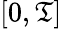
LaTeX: [0,\mathfrak{T}]